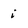
Character: i